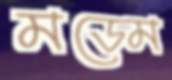
মডেম